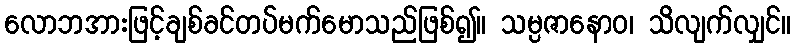
လောဘအားဖြင့်ချစ်ခင်တပ်မက်မောသည်ဖြစ်၍။ သမ္ပဇာနောဝ၊ သိလျက်လျှင်။